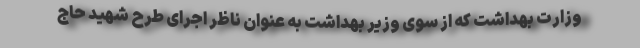
وزارت بهداشت که از سوی وزیر بهداشت به عنوان ناظر اجرای طرح شهید حاج